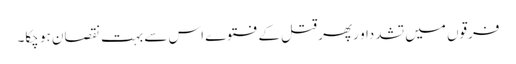
فرقوں میں تشدداو رپھر قتل کے فتوے اس سے بہت نقصان ہو چکا۔